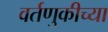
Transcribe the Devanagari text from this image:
वर्तणुकीच्या